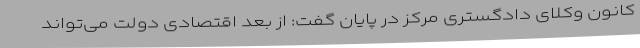
کانون وکلای دادگستری مرکز در پایان گفت: از بعد اقتصادی دولت می‌تواند